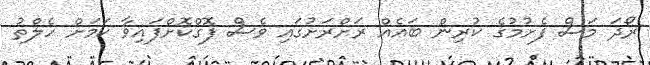
ރޯދަ މަސް ފެށުމުގެ ކުރިން ބައެއް ރަށްރަށުގައި ވެސް ފޮގްކޮށްފައިވާ ކަމަށް ހެލްތު